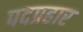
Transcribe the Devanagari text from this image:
पदप्रहार